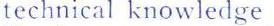
technical knowledge